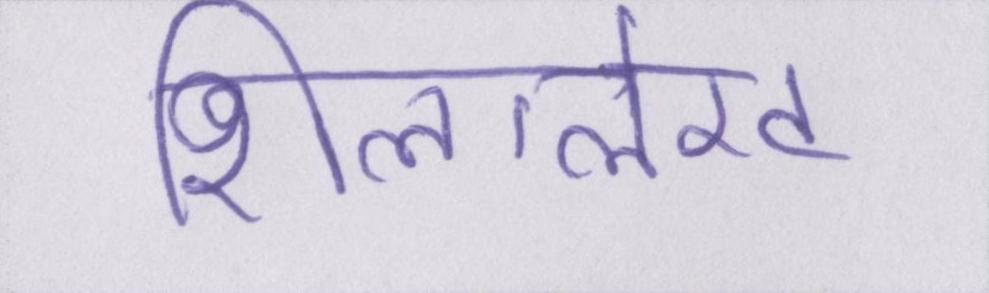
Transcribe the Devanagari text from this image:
शिलालेख